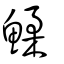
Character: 鰇